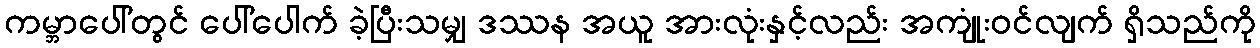
ကမ္ဘာပေါ်တွင် ပေါ်ပေါက် ခဲ့ပြီးသမျှ ဒဿန အယူ အားလုံးနှင့်လည်း အကျုံးဝင်လျက် ရှိသည်ကို